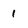
Character: 1